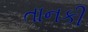
તાનકી